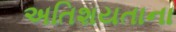
અતિશયતાના